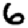
Digit: 6